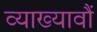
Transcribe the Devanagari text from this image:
व्याख्यावौं